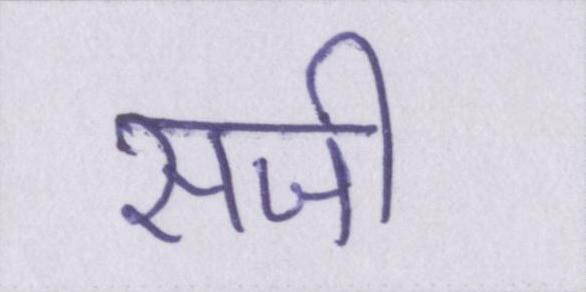
सजी